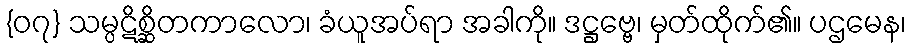
{၀၇} သမ္ပဋိစ္ဆိတကာလော၊ ခံယူအပ်ရာ အခါကို။ ဒဋ္ဌဗ္ဗေ၊ မှတ်ထိုက်၏။ ပဌမေန၊